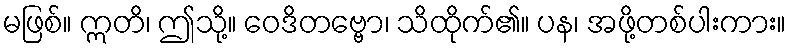
မဖြစ်။ ဣတိ၊ ဤသို့။ ဝေဒိတဗ္ဗော၊ သိထိုက်၏။ ပန၊ အဖို့တစ်ပါးကား။